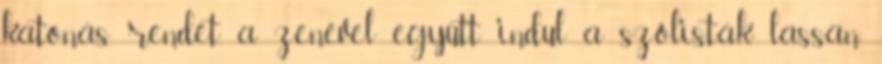
katonás rendet, a zenével együtt indul a szólisták lassan